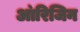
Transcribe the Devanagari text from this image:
आ॓रिजिन